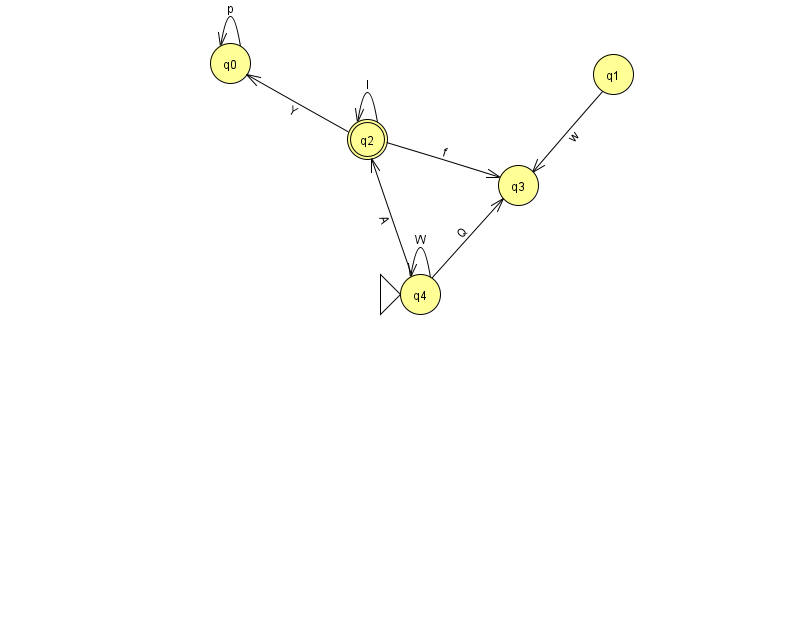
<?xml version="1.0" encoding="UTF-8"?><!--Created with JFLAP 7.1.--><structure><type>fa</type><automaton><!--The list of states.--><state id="0" name="q0"><x>230.0</x><y>50.0</y></state><state id="1" name="q1"><x>613.0</x><y>61.0</y></state><state id="2" name="q2"><x>367.0</x><y>126.0</y><final/></state><state id="3" name="q3"><x>518.0</x><y>172.0</y></state><state id="4" name="q4"><x>420.0</x><y>281.0</y><initial/></state><!--The list of transitions.--><transition><from>0</from><to>0</to><read>p</read></transition><transition><from>2</from><to>0</to><read>Y</read></transition><transition><from>4</from><to>3</to><read>Q</read></transition><transition><from>4</from><to>4</to><read>W</read></transition><transition><from>1</from><to>3</to><read>w</read></transition><transition><from>2</from><to>2</to><read>I</read></transition><transition><from>4</from><to>2</to><read>A</read></transition><transition><from>2</from><to>3</to><read>f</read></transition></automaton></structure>